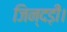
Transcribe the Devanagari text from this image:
जिन्दड़ी।